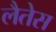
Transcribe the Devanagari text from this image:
लैतेस